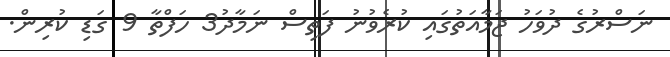
ނަސްރުގެ ދުވަހު ޖަމާއަތުގައި ކުރެވުނު ފަތިސް ނަމާދު3 ހަފްތާ 9 ގަޑި ކުރިން.